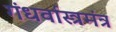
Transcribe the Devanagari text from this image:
गंधर्वास्त्रमंत्र